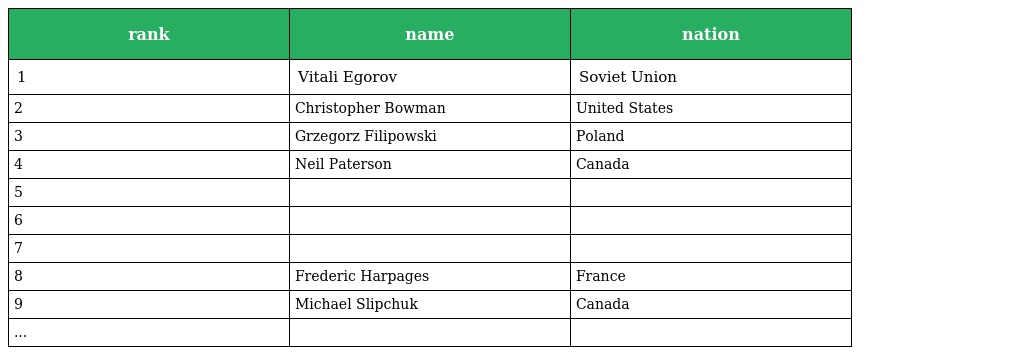
| rank | name | nation |
 | --- | --- | --- |
 | 1 | Vitali Egorov | Soviet Union |
 | 2 | Christopher Bowman | United States |
 | 3 | Grzegorz Filipowski | Poland |
 | 4 | Neil Paterson | Canada |
 | 5 |  |  |
 | 6 |  |  |
 | 7 |  |  |
 | 8 | Frederic Harpages | France |
 | 9 | Michael Slipchuk | Canada |
 | ... |  |  |